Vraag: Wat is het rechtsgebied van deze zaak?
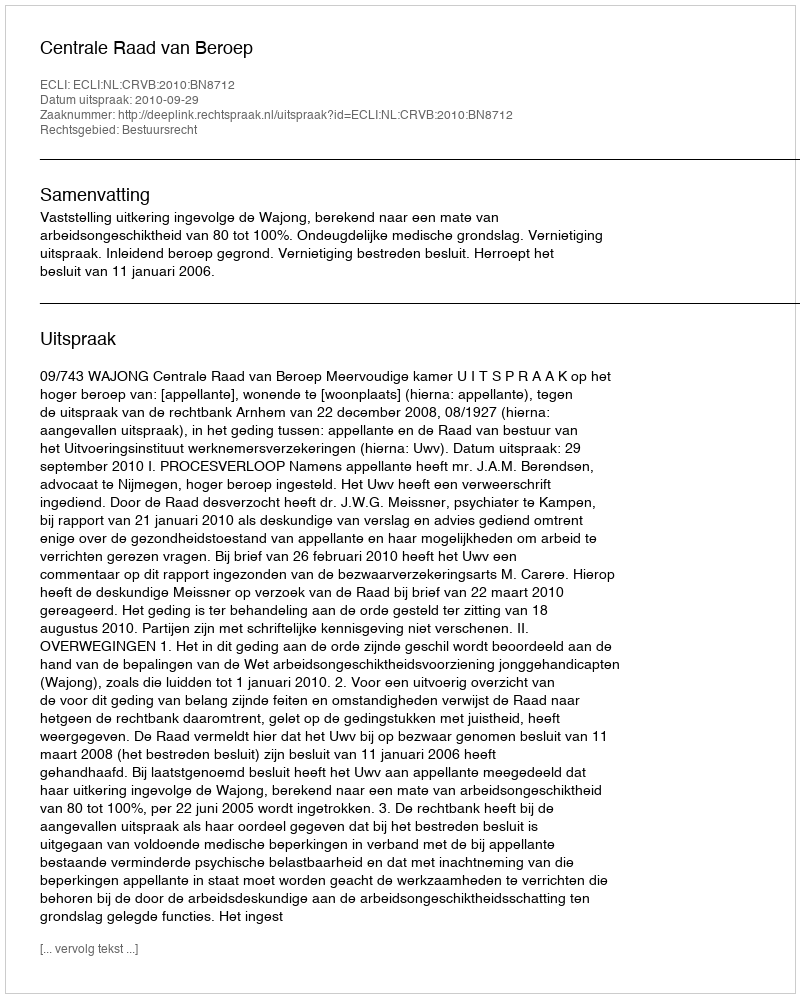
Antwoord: Bestuursrecht